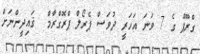
ގްރޫޕް ގެ 7 ވަނަ އަހަރީ ދުވަސް ޕެރޯލް ޕްރޮގްރާމް  ޤައިދީންނަށް